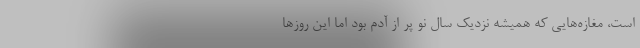
است، مغازه‌هایی که همیشه نزدیک سال نو پر از آدم بود اما این روزها